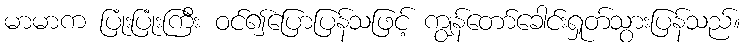
မာမာက ပြုံးပြုံးကြီး ဝင်၍ပြောပြန်သဖြင့် ကျွန်တော်ခေါင်းရှုတ်သွားပြန်သည်။